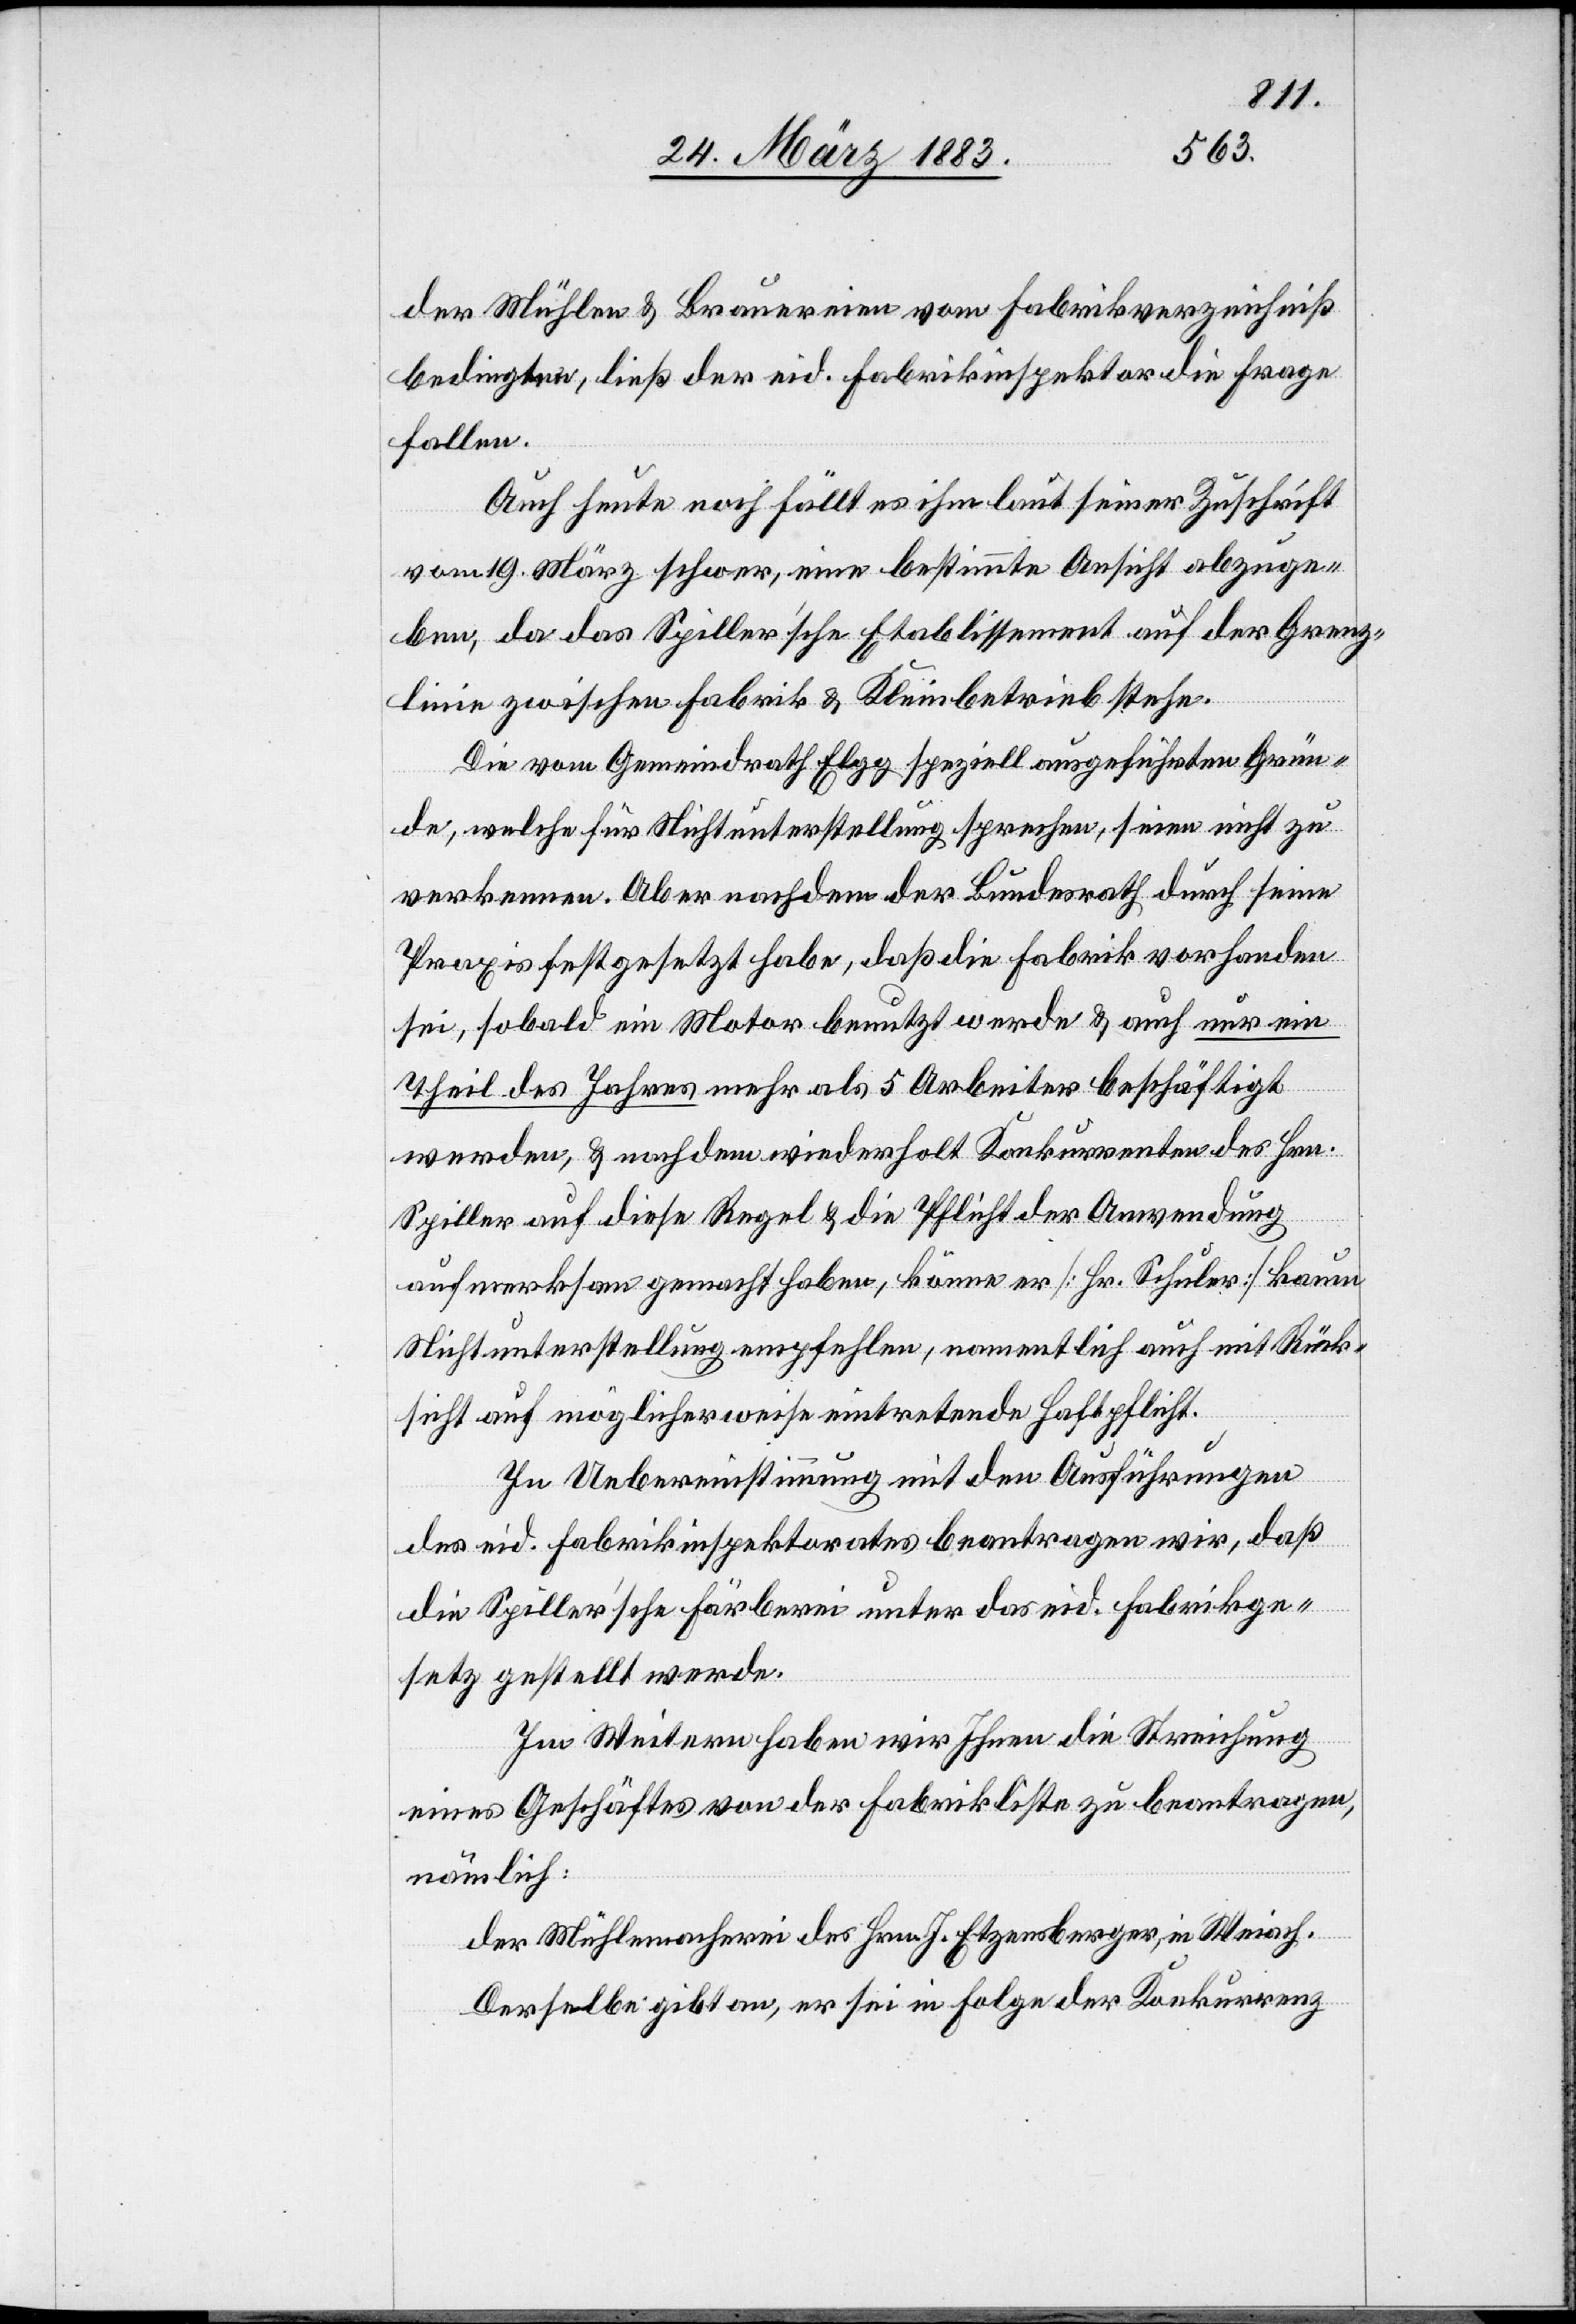
der Mühlen & Brauereien vom Fabrikverzeichniß
bedingten, ließ der eid. Fabrikinspektor die Frage
fallen.
Auch heute noch fällt es ihm laut seiner Zuschrift
vom 19. März schwer, eine bestimmte Ansicht abzuge¬
ben, da das Spillerʼsche Etablissement auf der Grenz¬
linie zwischen Fabrik & Kleinbetrieb stehe.
Die vom Gemeindrath Elgg speziell ausgeführten Grün¬
de, welche für Nichtunterstellung sprechen, seien nicht zu
verkennen. Aber nachdem der Bundesrath durch seine
Praxis festgesetzt habe, daß die Fabrik vorhanden
sei, sobald ein Motor benutzt werde & auch nur ein
Theil des Jahres mehr als 5 Arbeiter beschäftigt
werden, & nachdem wiederholt Konkurrenten des Hrn.
Spiller auf diese Regel & die Pflicht der Anwendung
aufmerksam gemacht haben, könne er [Hr. Schuler] kaum
Nichtunterstellung empfehlen, namentlich auch mit Rück¬
sicht auf möglicherweise eintretende Haftpflicht.
In Uebereinstimmung mit den Ausführungen
des eid. Fabrikinspektorates beantragen wir, daß
die Spillerʼsche Färberei unter das eid. Fabrikge¬
setz gestellt werde.
Im Weitern haben wir Ihnen die Streichung
eines Geschäftes von der Fabrikliste zu beantragen,
nämlich:
der Mühlemacherei des Hrn. J. Etzensberger, in Weiach.
Derselbe gibt an, er sei in Folge der Konkurrenz